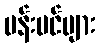
ပန်းပင်များ